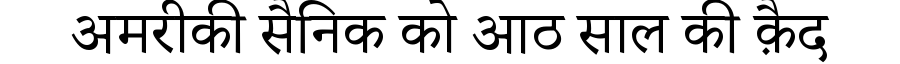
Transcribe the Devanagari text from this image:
अमरीकी सैनिक को आठ साल की क़ैद